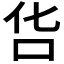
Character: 𠯒